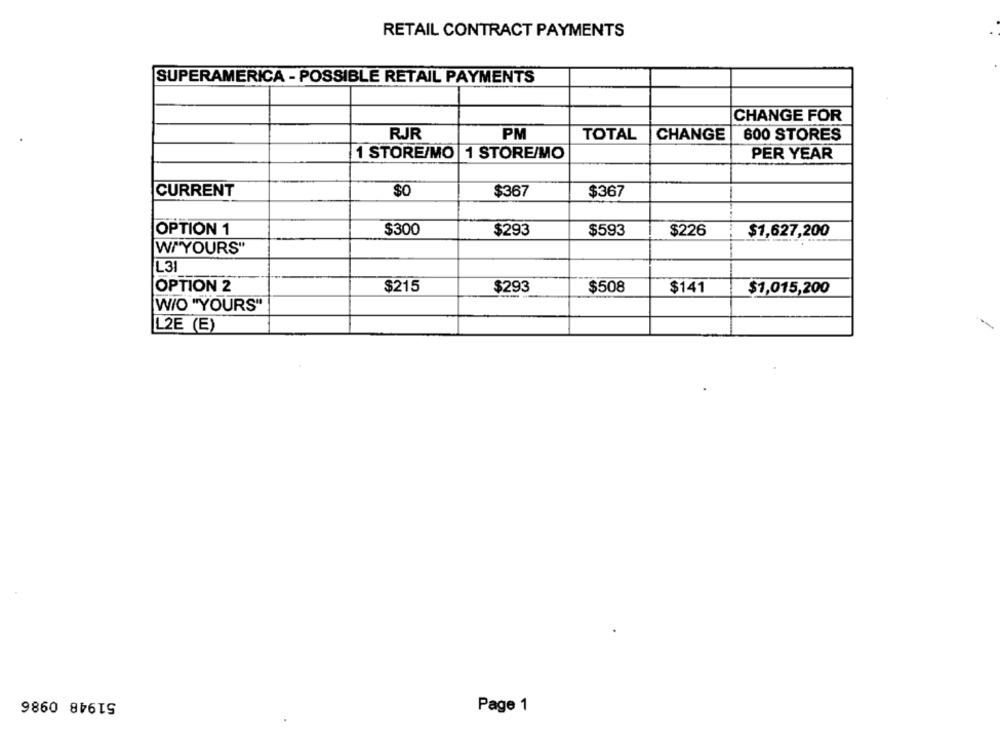
RETAIL CONTRACT PAYMENTS
SUPERAMERICA - POSSIBLE RETAIL PAYMENTS
CHANGE FOR
RJR
PM
TOTAL
CHANGE
600 STORES
1 STORE/MO 1 STORE/MO
PER YEAR
CURRENT
$0
$367
$367
$300
OPTION 1
$293
$593
$226
$1,627,200
W/YOURS"
L31
OPTION 2
$215
$293
$508
$141
$1,015,200
W/O "YOURS"
L2E (E)
51948 0986
Page 1